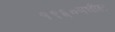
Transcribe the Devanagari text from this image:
१९६०मधील